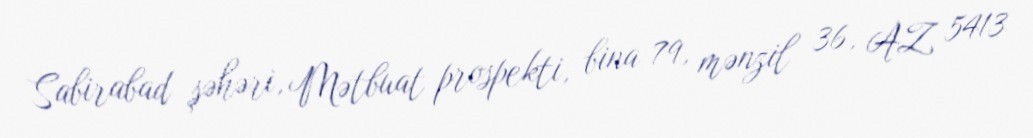
Sabirabad şəhəri, Mətbuat prospekti, bina 79, mənzil 36, AZ 5413